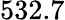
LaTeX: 532.7